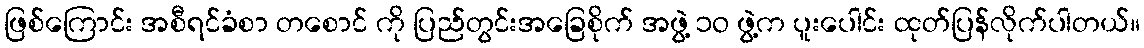
ဖြစ်ကြောင်း အစီရင်ခံစာ တစောင် ကို ပြည်တွင်းအခြေစိုက် အဖွဲ့ ၁ဝ ဖွဲ့က ပူးပေါင်း ထုတ်ပြန်လိုက်ပါတယ်။